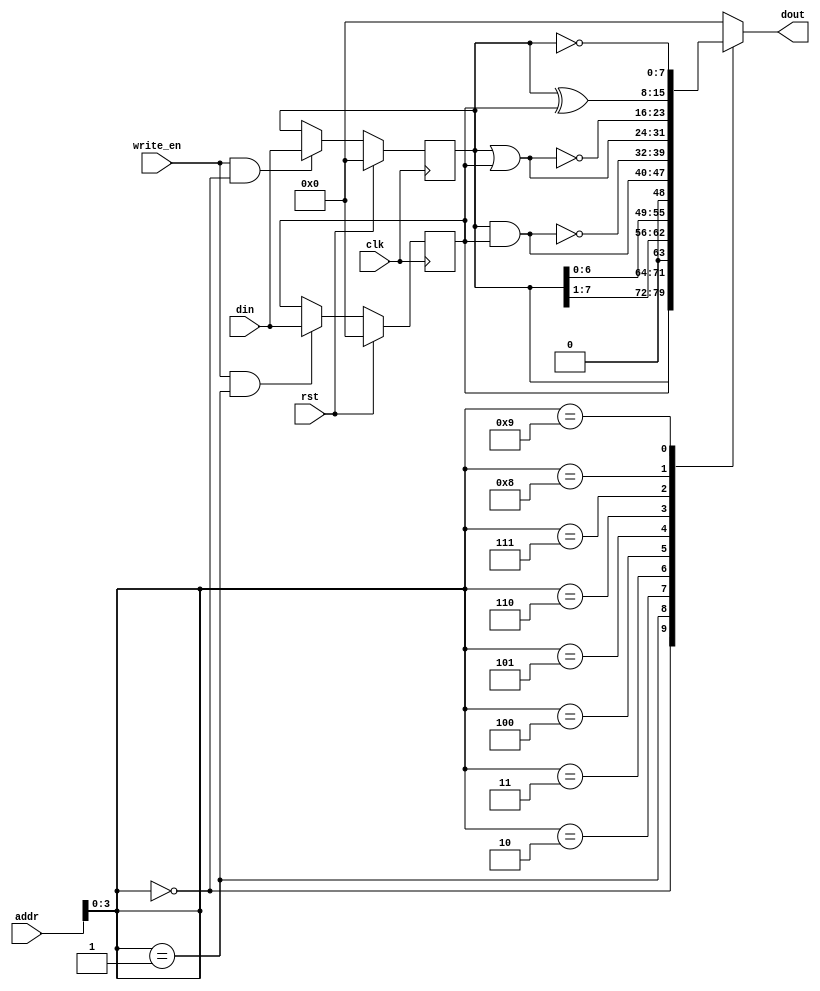
module XALU #(
        parameter BASE_ADDR = 8'b 0000_1111,
        data_width = 8
    ) (
        input wire clk,
        input wire [7:0] addr,
        input wire write_en,
        input wire rst,
        input wire [7:0] din,
        output reg [7:0] dout
    );

    reg [data_width-1:0] a0, a1;

    // a0 register
    always @(posedge clk)
    begin
        if( rst ) a0 <= 8'b 0;
        else if( write_en && addr[3:0] == 4'h0 ) a0 <= din;
        else a0 <= a0;
    end

    // a1 register
    always @(posedge clk)
    begin
        if( rst ) a1 <= 8'b 0;
        else if( write_en && addr[3:0] == 4'h1 ) a1 <= din;
        else a1 <= a1;
    end

    // combination logic for outputs
    always @(*) 
    begin
        case(addr[3:0])
            4'd0: dout = a0;
            4'd1: dout = a1;
            4'd2: dout = a0 >> 1;      // A0 >> 1
            4'd3: dout = a0 << 1;      // A0 << 1
            4'd4: dout = a0 & a1;      // AND
            4'd5: dout = ~( a0 & a1);  // NAND
            4'd6: dout = a0 | a1;      // OR
            4'd7: dout = ~( a0 | a1);  // NOR
            4'd8: dout = a0 ^ a1;      // XOR
            4'd9: dout = ~a0 ;         // NOT(A0)
            default: dout = 8'b 0;
        endcase
    end

endmodule